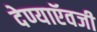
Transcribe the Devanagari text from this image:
देण्याऍवजी